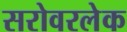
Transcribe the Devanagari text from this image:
सरोवरलेक